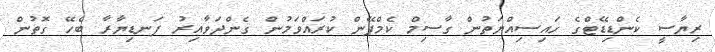
ރިޔާސީ ކެންޑިޑޭޓްގެ ހައިސިއްޔަތުން ގާސިމް ކެމްޕޭން ކުރައްވަމުން ގެންދަވާއިރު ފަނޑިޔާރާ ބެހޭ ގޮތުން